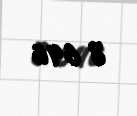
8 646